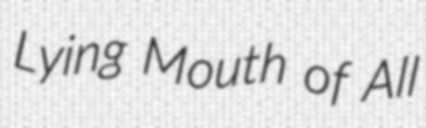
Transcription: Lying Mouth of All